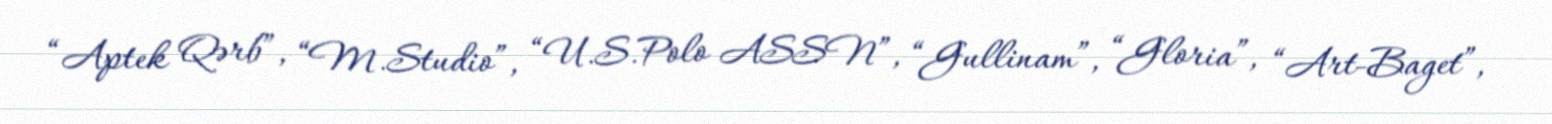
“Aptek Qərb”, “M.Studio”, “U.S.Polo ASSN”, “Gullinam”, “Gloria”, “Art-Baget”,